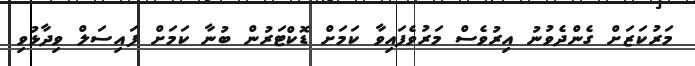
މަރުކަޒަށް ގެންދެވުނު އިރުވެސް މަރުވެފައިވާ ކަމަށް ޑޮކްޓަރުން ބުނާ ކަމަށް ފައިސަލް ވިދާޅުވި